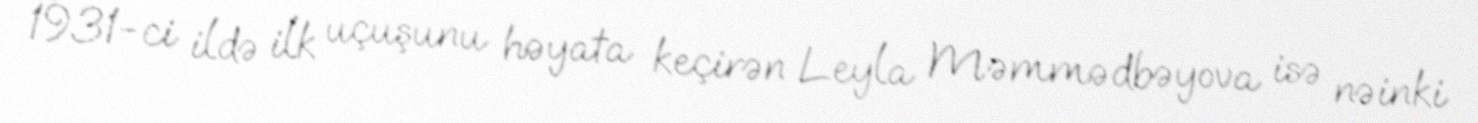
1931-ci ildə ilk uçuşunu həyata keçirən Leyla Məmmədbəyova isə nəinki